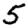
Digit: 5